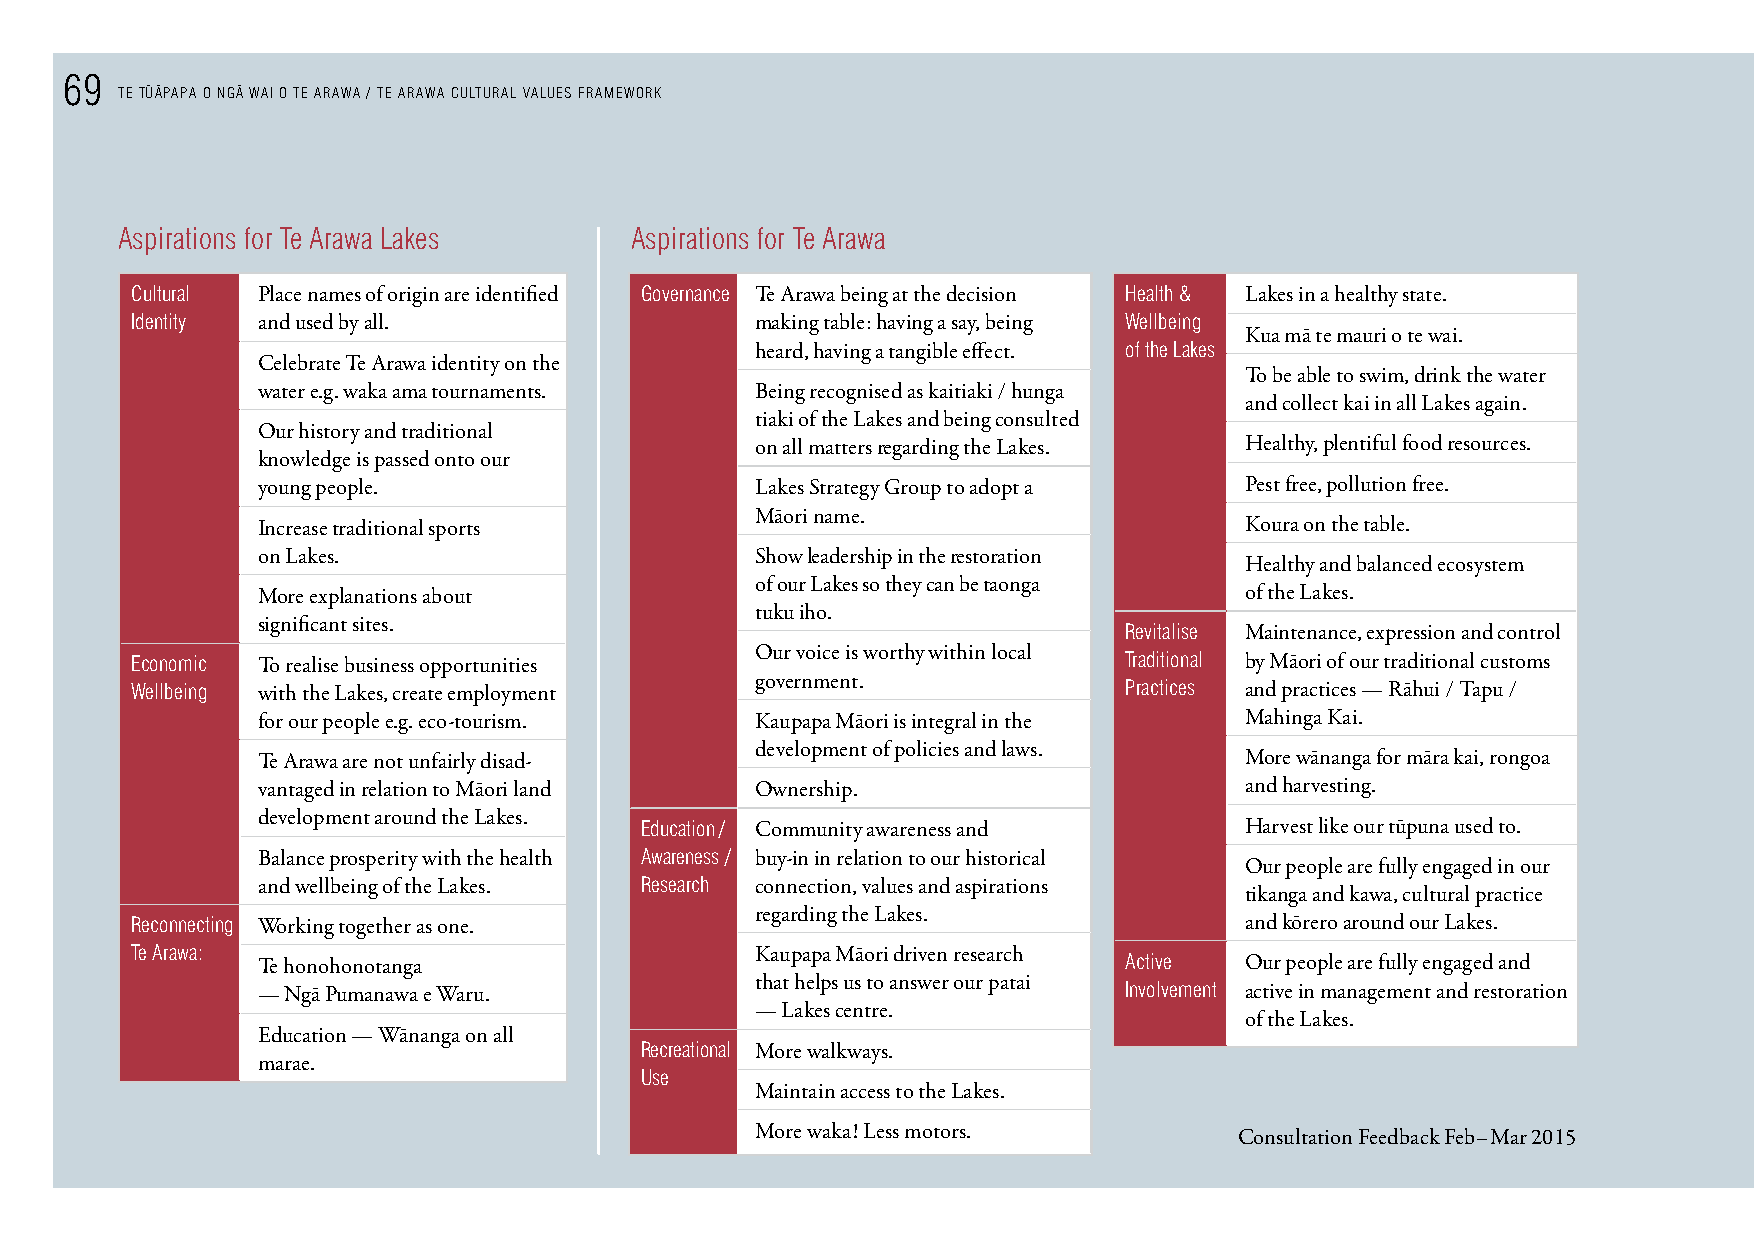
69    - -   -
 TE TUAPAPA O NGA WAI O TE ARAWA / TE ARAWA CULTURAL VALUES FRAMEWORK
 Aspirations for Te Arawa Lakes    Aspirations for Te Arawa
 cultural Place names of origin are identified Governance Te Arawa being at the decision Health & Lakes in a healthy state.
 Identity and used by all.                making table: having a say, being Wellbeing
 Kua mā te mauri o te wai.
 heard, having a tangible effect. of the Lakes
 Celebrate Te Arawa identity on the
 To be able to swim, drink the water
 water e.g. waka ama tournaments. Being recognised as kaitiaki / hunga
 and collect kai in all Lakes again.
 tiaki of the Lakes and being consulted
 Our history and traditional
 on all matters regarding the Lakes. Healthy, plentiful food resources.
 knowledge is passed onto our
 young people.                    Lakes Strategy Group to adopt a Pest free, pollution free.
 Māori name.
 Increase traditional sports                                      Koura on the table.
 on Lakes.                        Show leadership in the restoration
 Healthy and balanced ecosystem
 of our Lakes so they can be taonga
 More explanations about                                          of the Lakes.
 tuku iho.
 significant sites.
 Revitalise Maintenance, expression and control
 Our voice is worthy within local
 economic To realise business opportunities                       Traditional by Māori of our traditional customs
 government.
 Wellbeing with the Lakes, create employment                      practices and practices — Rāhui / Tapu /
 for our people e.g. eco-tourism. Kaupapa Māori is integral in the Mahinga Kai.
 development of policies and laws.
 Te Arawa are not unfairly disad-                                 More wānanga for māra kai, rongoa
 vantaged in relation to Māori land Ownership.                    and harvesting.
 development around the Lakes.
 education/ Community awareness and      Harvest like our tūpuna used to.
 Balance prosperity with the health Awareness / buy-in in relation to our historical
 Our people are fully engaged in our
 and wellbeing of the Lakes. Research connection, values and aspirations
 tikanga and kawa, cultural practice
 regarding the Lakes.
 Reconnecting Working together as one.                                    and kōrero around our Lakes.
 Te Arawa:                                Kaupapa Māori driven research
 Te honohonotanga                                         Active  Our people are fully engaged and
 that helps us to answer our patai
 — Ngā Pumanawa e Waru.                                   Involvement active in management and restoration
 — Lakes centre.
 of the Lakes.
 Education — Wānanga on all
 Recreational More walkways.
 marae.
 Use
 Maintain access to the Lakes.
 More waka! Less motors.         Consultation Feedback Feb–Mar 2015